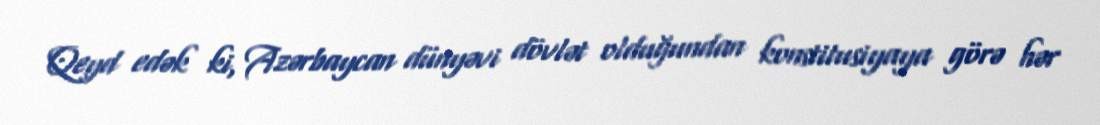
Qeyd edək ki, Azərbaycan dünyəvi dövlət olduğundan konstitusiyaya görə hər